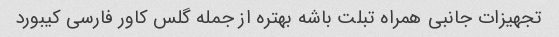
تجهیزات جانبی همراه تبلت باشه بهتره از جمله گلس کاور فارسی کیبورد